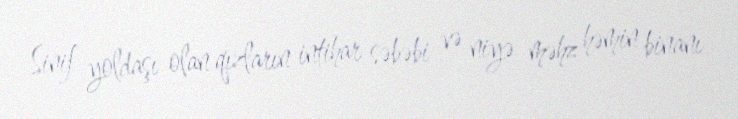
Sinif yoldaşı olan qızların intihar səbəbi və niyə məhz həmin binanı